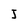
Character: j